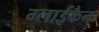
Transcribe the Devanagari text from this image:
ग्लाईकैन